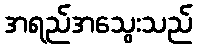
အရည်အသွေးသည်